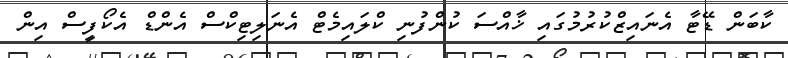
ކާބަން ޑޭޓާ އެނައިޒްކުރުމުގައި ޚާއްސަ ކުންފުނި ކްލައިމެޓް އެނަލިޓިކްސް އެންޑް އެކޯފީސް އިން